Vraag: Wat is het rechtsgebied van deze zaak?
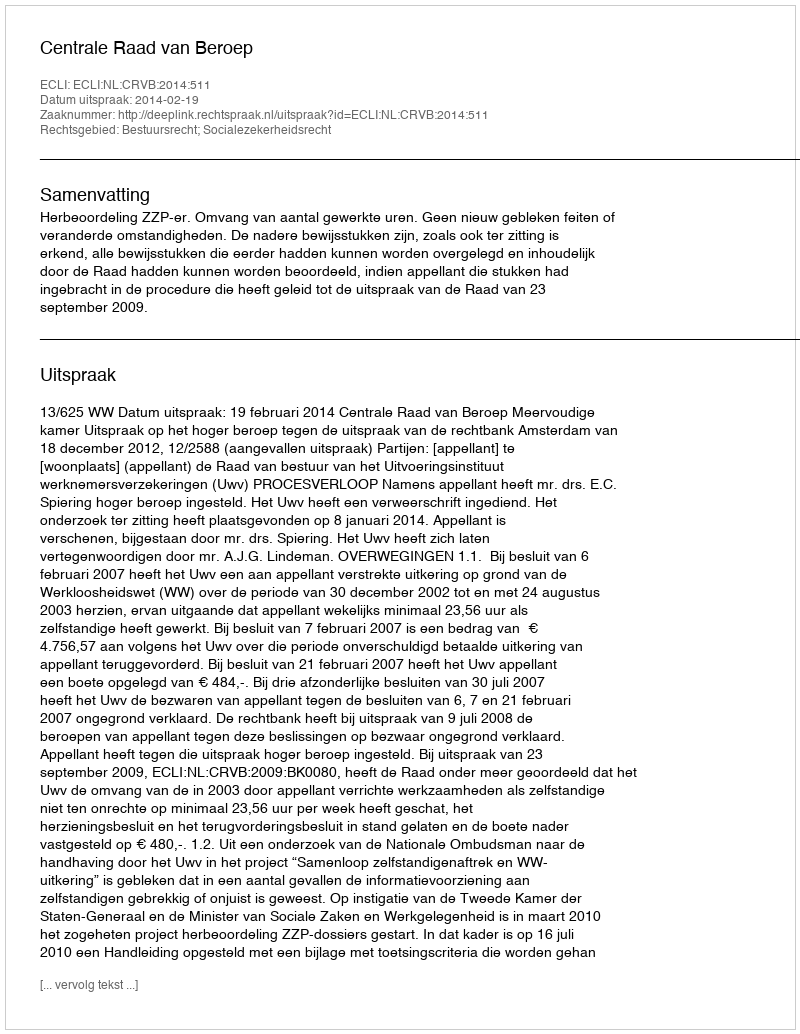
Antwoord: Bestuursrecht; Socialezekerheidsrecht